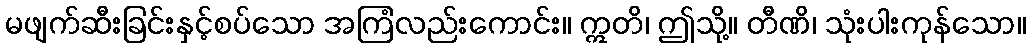
မဖျက်ဆီးခြင်းနှင့်စပ်သော အကြံလည်းကောင်း။ ဣတိ၊ ဤသို့။ တီဏိ၊ သုံးပါးကုန်သော။